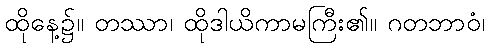
ထိုနေ့၌။ တဿာ၊ ထိုဒါယိကာမကြီး၏။ ဂတဘာဝံ၊